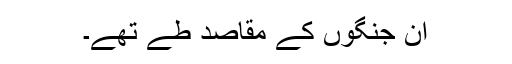
ان جنگوں کے مقاصد طے تھے۔